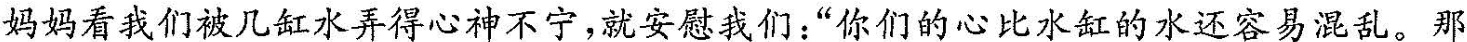
妈妈看我们被几缸水弄的心神不宁，就安慰我们：“你们的心比水缸的水还容易混乱。那